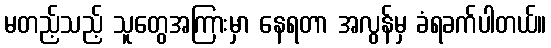
မတည့်သည့် သူတွေအကြားမှာ နေရတာ အလွန်မှ ခံရခက်ပါတယ်။